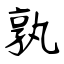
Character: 孰